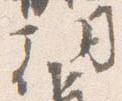
朝